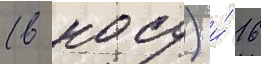
(в носу) и́ 16